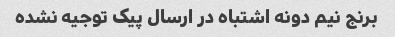
برنج نیم دونه اشتباه در ارسال پیک توجیه نشده